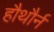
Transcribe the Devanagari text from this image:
हौथौर्न